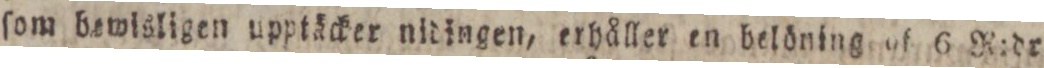
ſom bewisligen upptäcker nidingen, erhåller en belöning of 6 R:dr